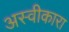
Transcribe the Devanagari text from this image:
अस्वीकारा